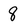
Character: 8